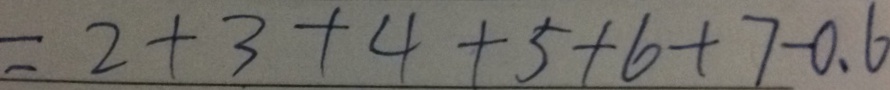
= 2 + 3 + 4 + 5 + 6 + 7 - 0 . 6